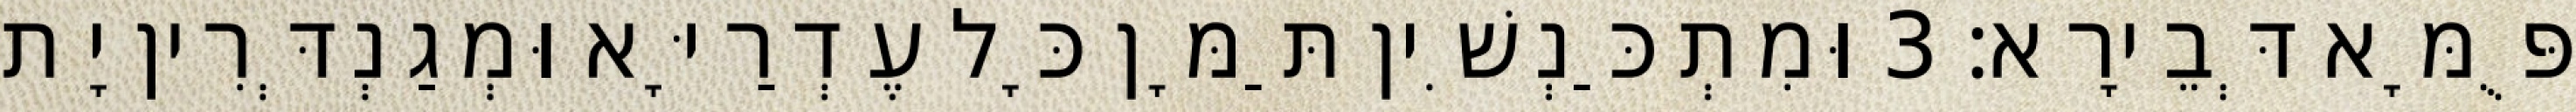
פֻּמָּא דְּבֵירָא׃ 3 וּמִתְכַּנְשִׁין תַּמָּן כָּל עֶדְרַיָּא וּמְגַנְדְּרִין יָת